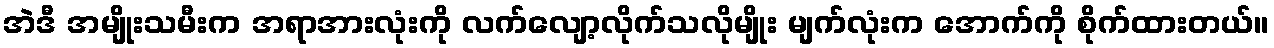
အဲဒီ အမျိုးသမီးက အရာအားလုံးကို လက်လျော့လိုက်သလိုမျိုး မျက်လုံးက အောက်ကို စိုက်ထားတယ်။